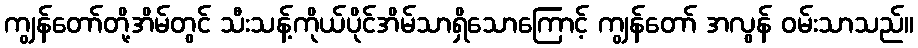
ကျွန်တော်တို့အိမ်တွင် သီးသန့်ကိုယ်ပိုင်အိမ်သာရှိသောကြောင့် ကျွန်တော် အလွန် ဝမ်းသာသည်။